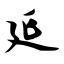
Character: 延